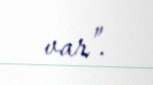
var”.